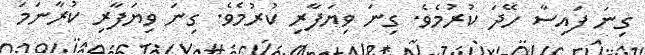
ގިނަ ފައިސާ ހޭދަ ކުރުމެވެ. ގިނަ ވިޔަފާރި ކުރުމެވެ. ގިނަ ވިޔަފާރި ކުރާނަމަ